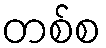
တစ်စ